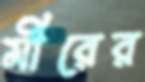
মীরের